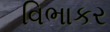
વિભાકર